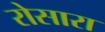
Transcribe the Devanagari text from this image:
रोसारा